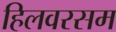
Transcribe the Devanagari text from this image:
हिलवरसम